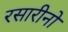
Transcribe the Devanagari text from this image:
रसारीनो